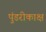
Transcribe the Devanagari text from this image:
पुंडरीकाक्ष